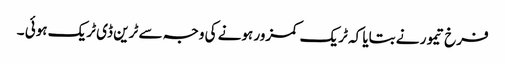
فرخ تیمور نے بتایا کہ ٹریک کمزور ہونے کی وجہ سے ٹرین ڈی ٹریک ہوئی ۔